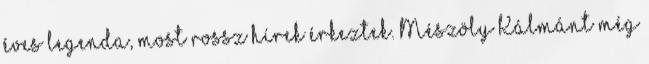
éves legenda, most rossz hírek érkeztek. Mészöly Kálmánt még